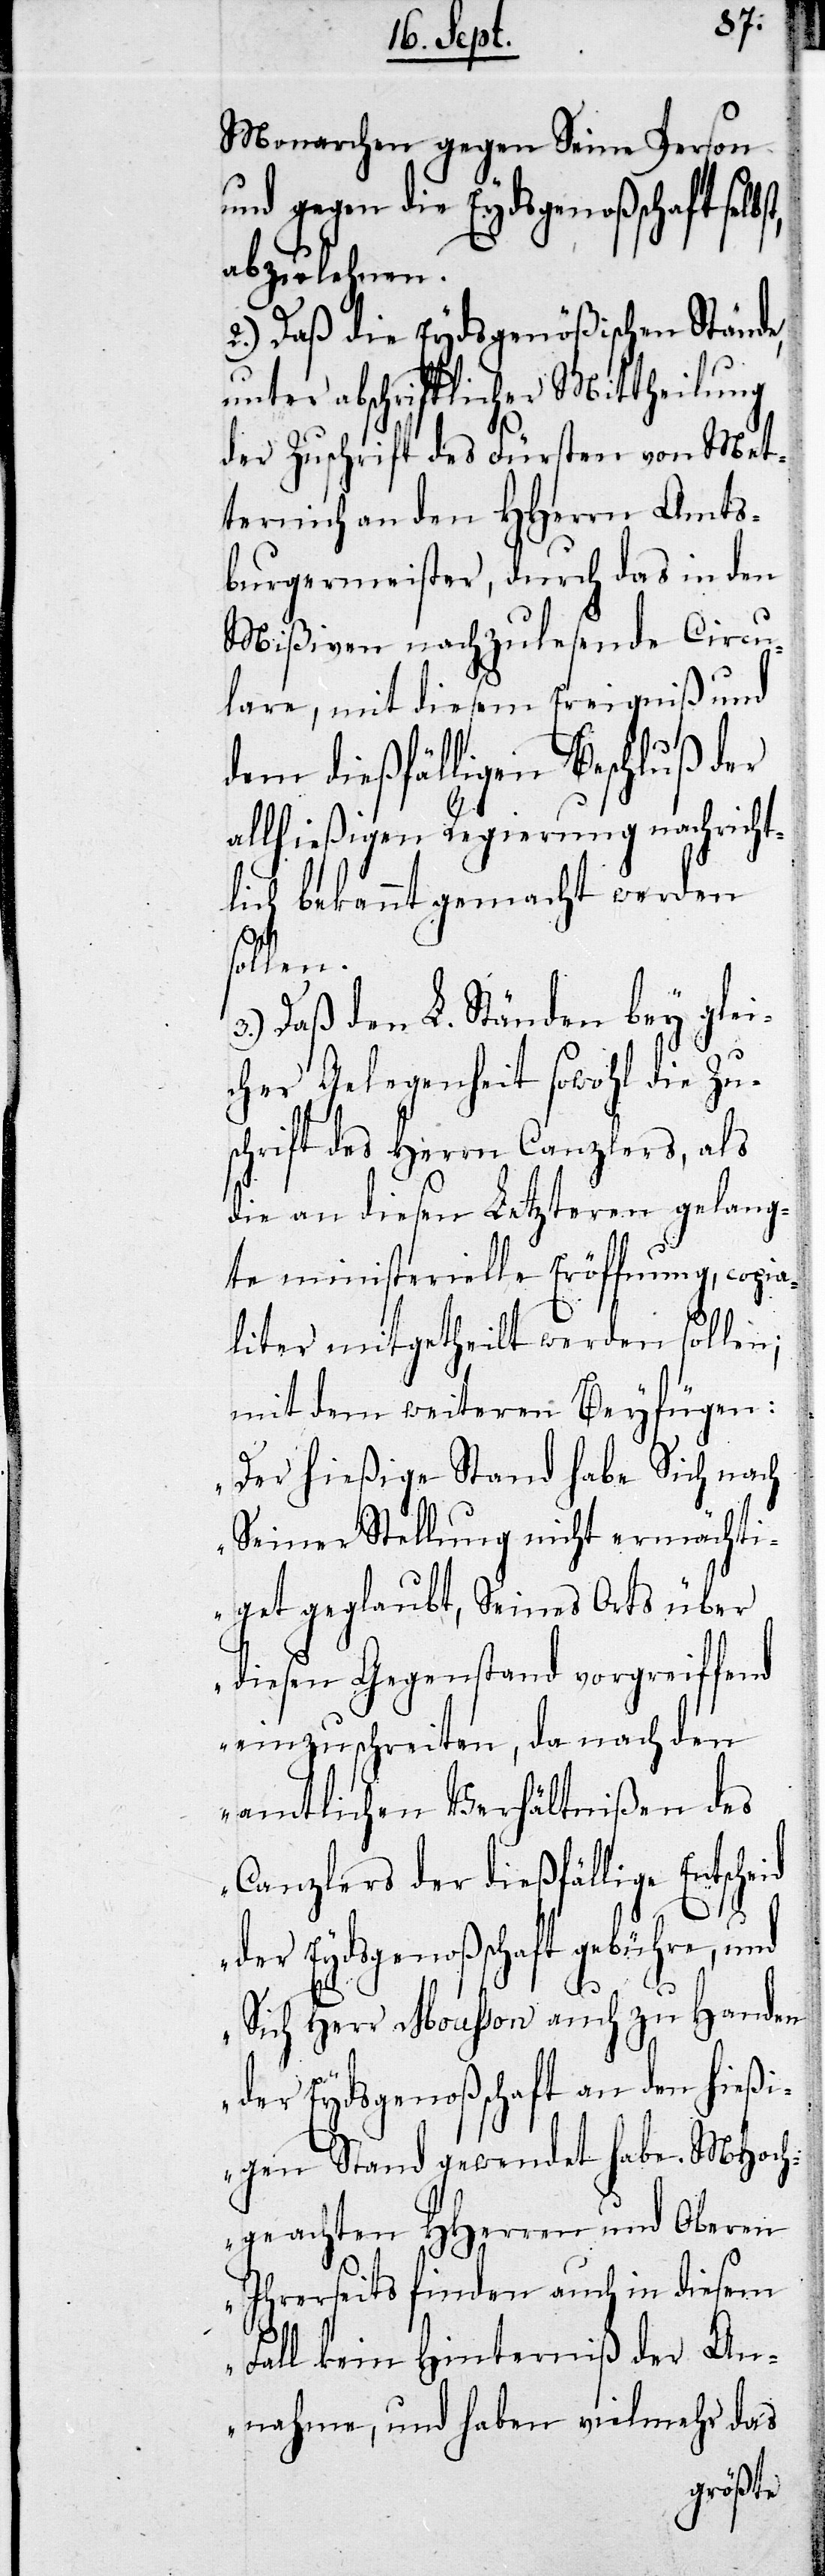
Monarchen gegen Seine Person
und gegen die Eydsgenoßenschaft selb¬
abzulehnen.
2.) Daß die Eydsgenößischen Stände,
unter abschriftlicher Mittheilung
der Zuschrift des Fürsten von Met¬
ternich an den HHerrn Amts¬
burgermeister, durch das in den
Mißiven nachzulesende Circu¬
lare, mit diesem Ereignis und
dem dießfälligen Beschluß der
allhießigen Regierung nachträg¬
lich bekannt gemacht werden
sollen.
Daß den L. Ständen bey glei¬
cher Gelegenheit sowohl die Zu¬
schrift des Herrn Canzlers, als
die an diesen Letzteren gelang¬
te ministerielle Eröffnung, copia¬
liter mitgetheilt werden sollen;
mit dem weiteren Beyfügen:
„Der hießige Stand habe Sich nach
Seiner Stellung nicht ermächti¬
get geglaubt, Seines Orts über
diesen Gegenstand vorgreiffend
einzuschreiten, da nach den
amtlichen Verhältnißen des
Canzlers der dießfällige Entsche¬
der Eydsgenoßenschaft gebühre, und
id
Sich Herr Mousson auch zu Handen
der Eydsgenoßenschaft an den hießi¬
gen Stand gewendet habe. MHoch¬
geachten HHerren und Oberen
Ihrerseits finden auch in diesem
Fall kein Hinterniß der Au¬
snahme, und haben vielmehr das